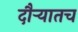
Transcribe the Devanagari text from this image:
दौर्‍यातच